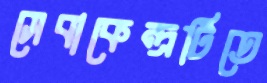
সেবাকেন্দ্রটিতে